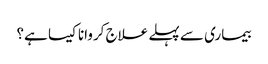
بیماری سے پہلے علاج کروانا کیسا ہے؟